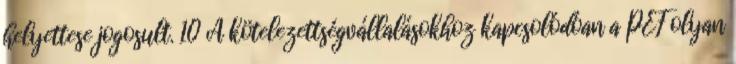
helyettese jogosult. 10 A kötelezettségvállalásokhoz kapcsolódóan a PEF olyan